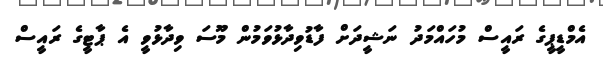
އެމްޑީޕީގެ ރައީސް މުހައްމަދު ނަޝީދަށް ފާޑުވިދާޅުވަމުން މޫސަ ވިދާޅުވީ އެ ޕާޓީގެ ރައީސް